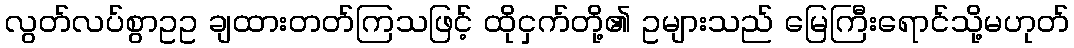
လွတ်လပ်စွာဥဥ ချထားတတ်ကြသဖြင့် ထိုငှက်တို့၏ ဥများသည် မြေကြီးရောင်သို့မဟုတ်